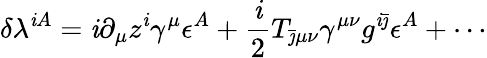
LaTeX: \delta\lambda^{\mathit{i}A}=\mathrm{{\mathit{i}}}\partial_{\mu}z^{\mathit{i}}\gamma^{\mu}\epsilon^{A}+{\frac{{\mathrm{{\mathit{i}}}}}{{2}}}T_{\bar{{\jmath}}\mu\nu}\gamma^{\mu\nu}g^{\mathit{i}\bar{{\jmath}}}\epsilon^{A}+\cdots